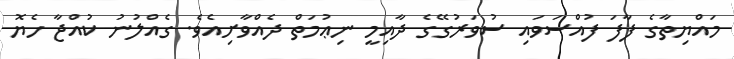
މައްޔިތާގެ ފާފަ ފުއްސަވައި ސުވަރުގޭގެ ދާއިމީ ނިޢުމަތް ދެއްވާށިއެވެ. ގެއްލުނު ކުއްޖާ ހެޔޮ